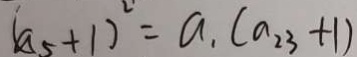
( a _ { 5 } + 1 ) ^ { 2 } = a _ { 1 } ( a _ { 2 3 } + 1 )